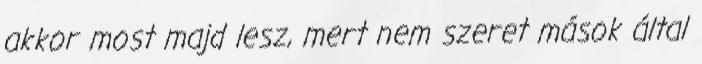
akkor most majd lesz, mert nem szeret mások által